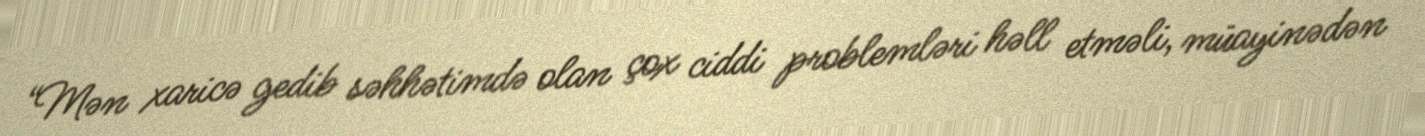
“Mən xaricə gedib səhhətimdə olan çox ciddi problemləri həll etməli, müayinədən